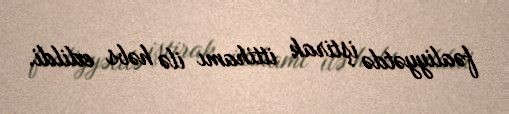
fəaliyyətdə iştirak ittihamı ilə həbs edildi.